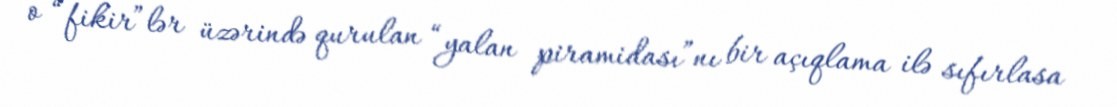
o “fikir”lər üzərində qurulan “yalan piramidası”nı bir açıqlama ilə sıfırlasa